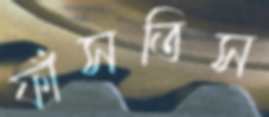
ফাঁসতিস